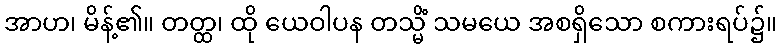
အာဟ၊ မိန့်၏။ တတ္ထ၊ ထို ယေဝါပန တသ္မိံ သမယေ အစရှိသော စကားရပ်၌။